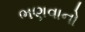
ભણવાનો